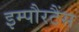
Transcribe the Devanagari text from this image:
इम्पौरटैंस